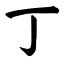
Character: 丁